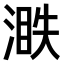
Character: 𣺐